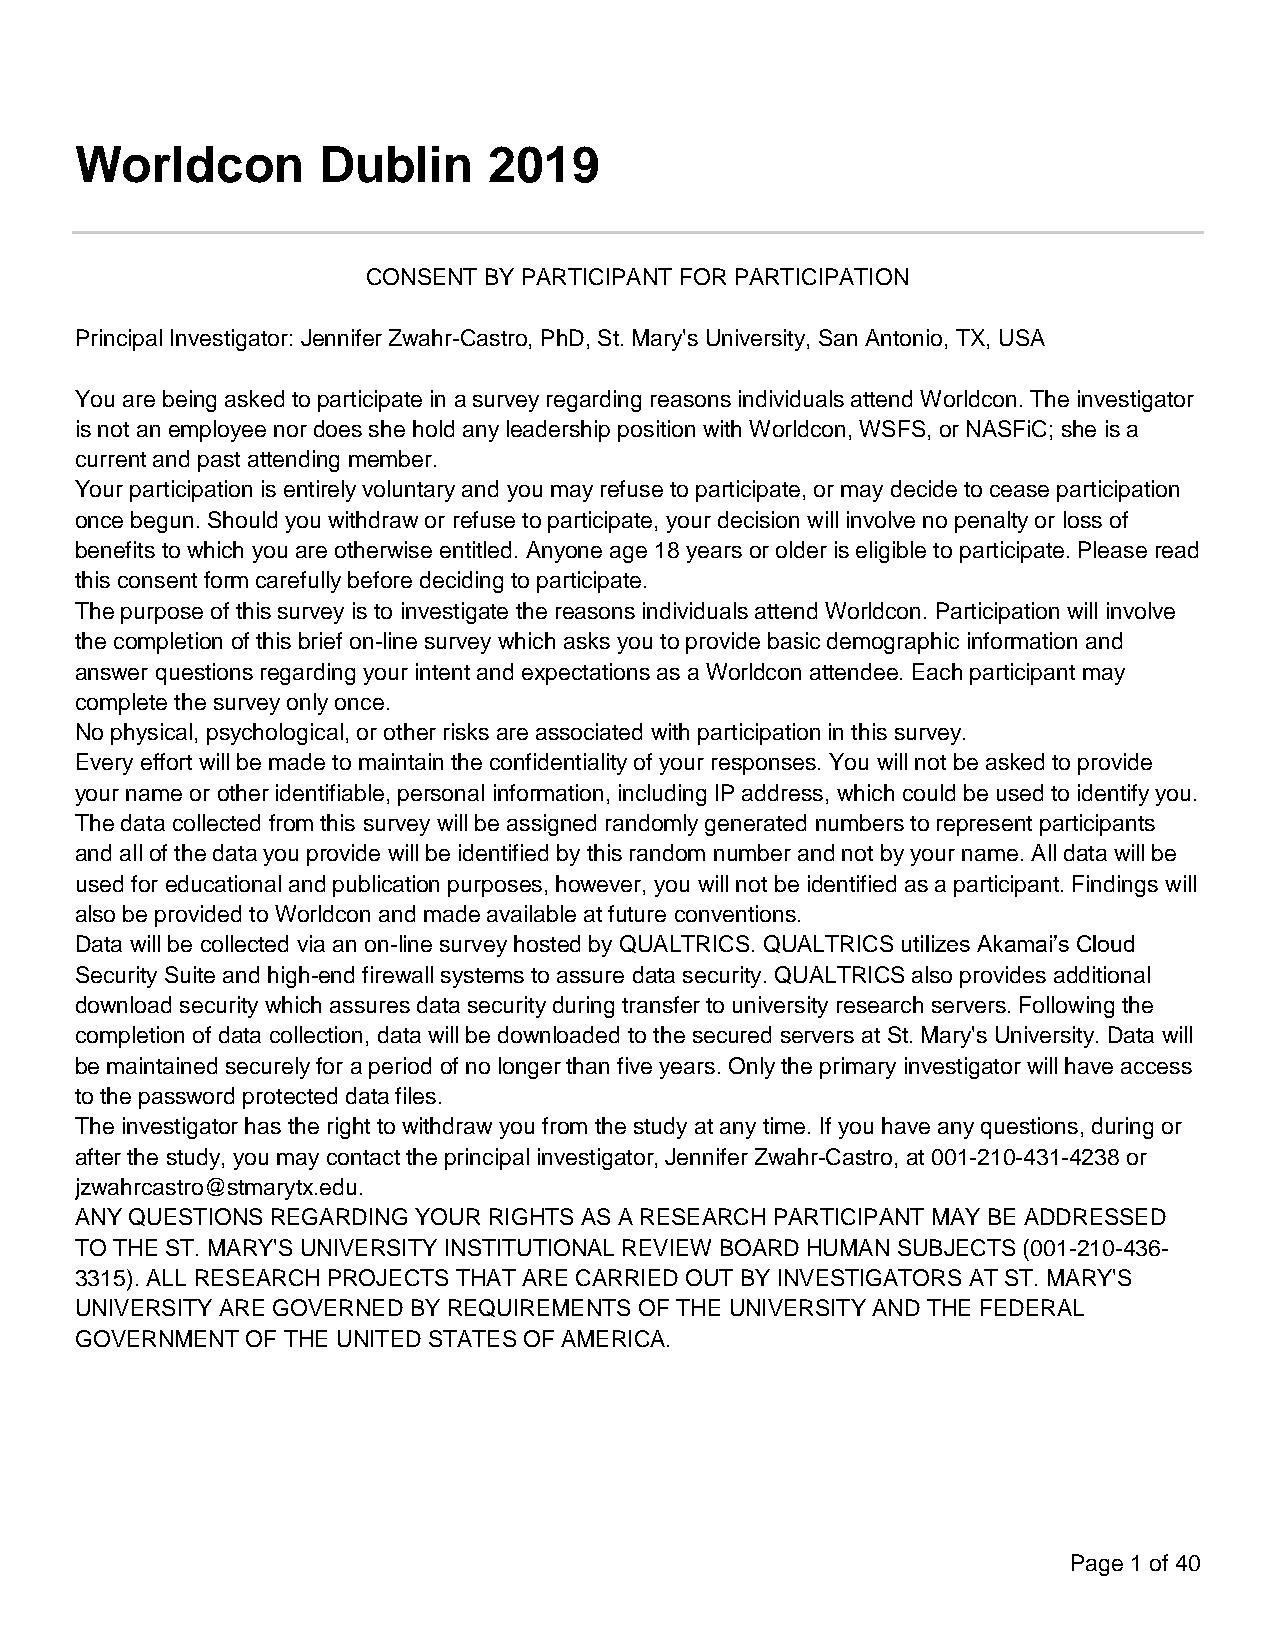
Worldcon        Dublin     2019
 CONSENT BY PARTICIPANT FOR PARTICIPATION
 Principal Investigator: Jennifer Zwahr-Castro, PhD, St. Mary's University, San Antonio, TX, USA
 You are being asked to participate in a survey regarding reasons individuals attend Worldcon. The investigator
 is not an employee nor does she hold any leadership position with Worldcon, WSFS, or NASFiC; she is a
 current and past attending member.
 Your participation is entirely voluntary and you may refuse to participate, or may decide to cease participation
 once begun. Should you withdraw or refuse to participate, your decision will involve no penalty or loss of
 benefits to which you are otherwise entitled. Anyone age 18 years or older is eligible to participate. Please read
 this consent form carefully before deciding to participate.
 The purpose of this survey is to investigate the reasons individuals attend Worldcon. Participation will involve
 the completion of this brief on-line survey which asks you to provide basic demographic information and
 answer questions regarding your intent and expectations as a Worldcon attendee. Each participant may
 complete the survey only once.
 No physical, psychological, or other risks are associated with participation in this survey.
 Every effort will be made to maintain the confidentiality of your responses. You will not be asked to provide
 your name or other identifiable, personal information, including IP address, which could be used to identify you.
 The data collected from this survey will be assigned randomly generated numbers to represent participants
 and all of the data you provide will be identified by this random number and not by your name. All data will be
 used for educational and publication purposes, however, you will not be identified as a participant. Findings will
 also be provided to Worldcon and made available at future conventions.
 Data will be collected via an on-line survey hosted by QUALTRICS. QUALTRICS utilizes Akamai’s Cloud
 Security Suite and high-end firewall systems to assure data security. QUALTRICS also provides additional
 download security which assures data security during transfer to university research servers. Following the
 completion of data collection, data will be downloaded to the secured servers at St. Mary's University. Data will
 be maintained securely for a period of no longer than five years. Only the primary investigator will have access
 to the password protected data files.
 The investigator has the right to withdraw you from the study at any time. If you have any questions, during or
 after the study, you may contact the principal investigator, Jennifer Zwahr-Castro, at 001-210-431-4238 or
 jzwahrcastro@stmarytx.edu.
 ANY QUESTIONS REGARDING YOUR RIGHTS AS A RESEARCH PARTICIPANT MAY BE ADDRESSED
 TO THE ST. MARY'S UNIVERSITY INSTITUTIONAL REVIEW BOARD HUMAN SUBJECTS (001-210-436-
 3315). ALL RESEARCH PROJECTS THAT ARE CARRIED OUT BY INVESTIGATORS AT ST. MARY'S
 UNIVERSITY ARE GOVERNED BY REQUIREMENTS OF THE UNIVERSITY AND THE FEDERAL
 GOVERNMENT OF THE UNITED STATES OF AMERICA.
 Page 1 of 40